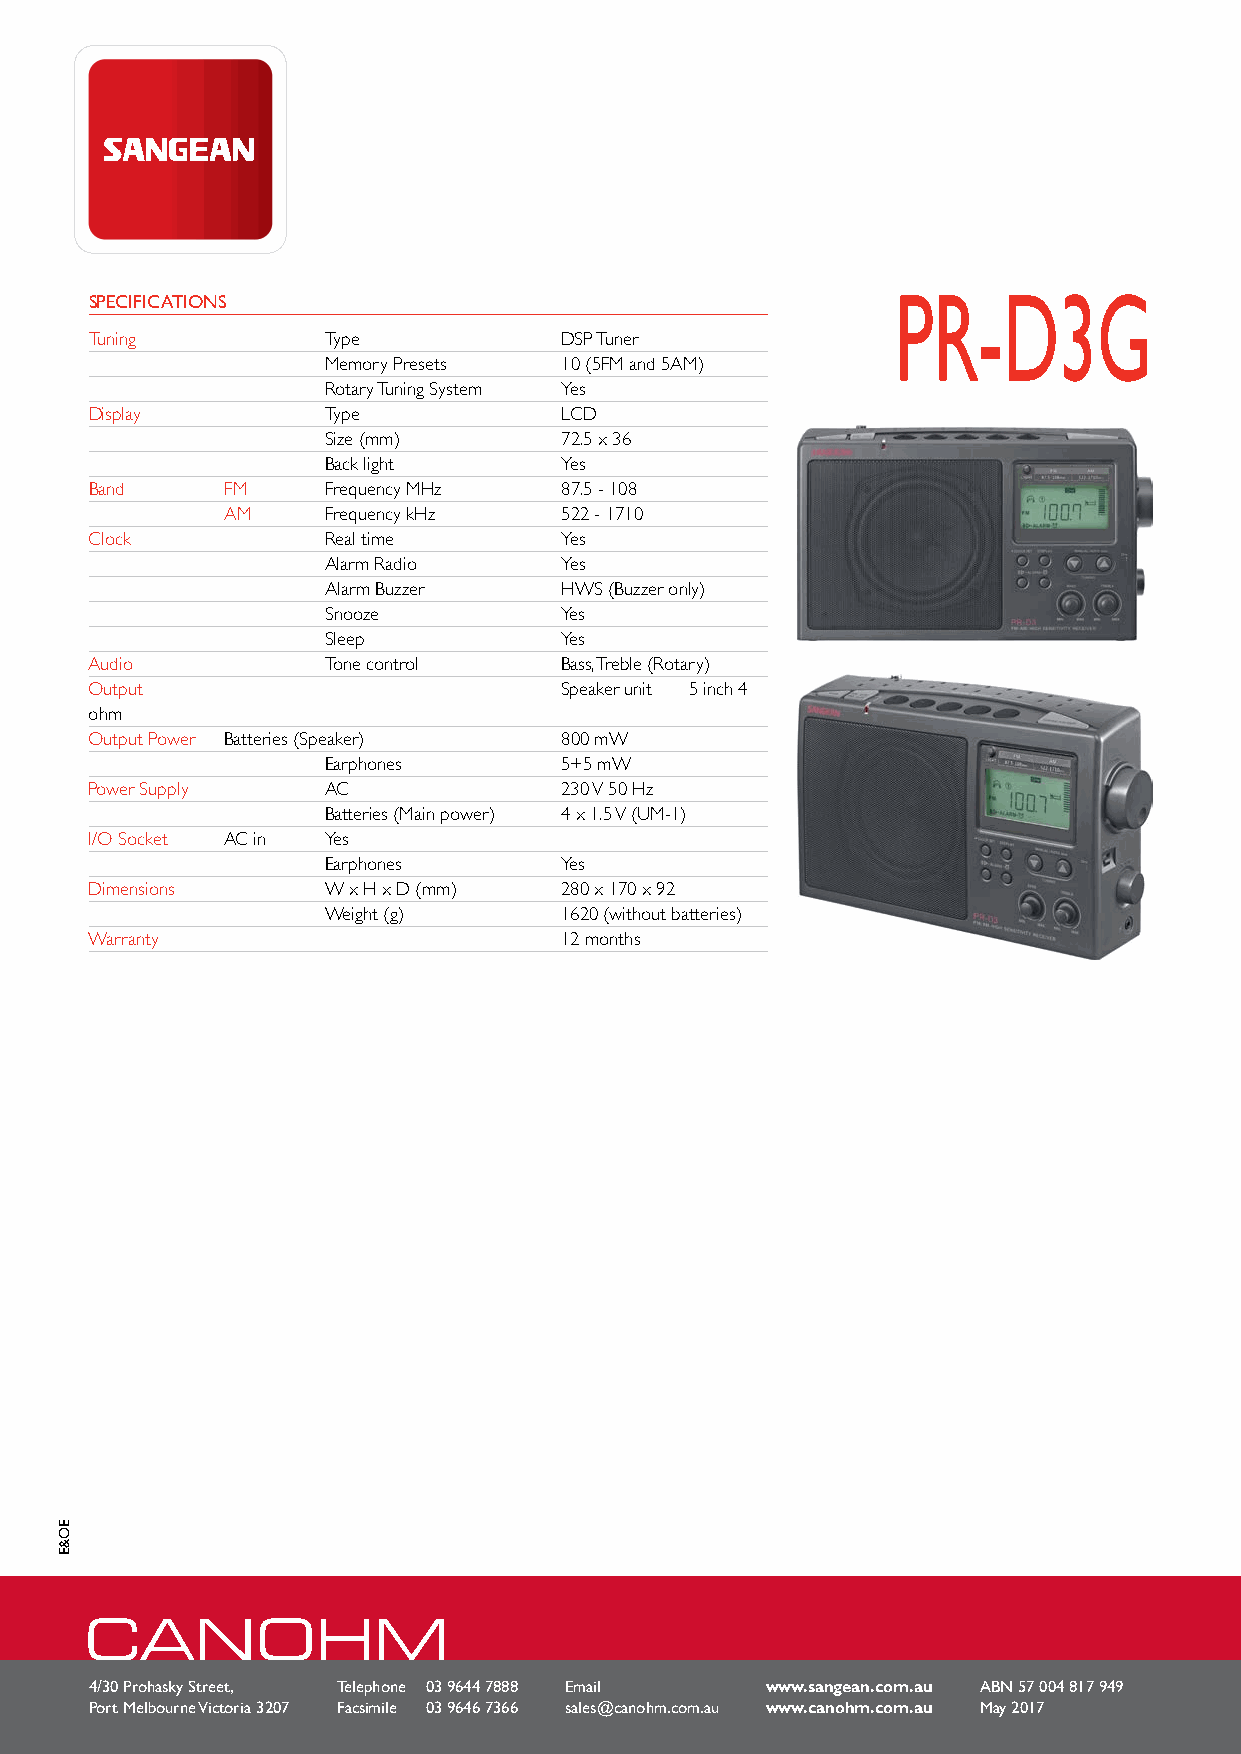
PR-D3G
 SPECIFICATIONS
 Tuning          Type           DSP Tuner
 Memory Presets 10 (5FM and 5AM)
 Rotary Tuning System Yes
 Display        Type            LCD
 Size (mm)       72.5 x 36
 Back light      Yes
 Band     FM    Frequency MHz   87.5 - 108
 AM    Frequency kHz   522 - 1710
 Clock          Real time       Yes
 Alarm Radio     Yes
 Alarm Buzzer    HWS (Buzzer only)
 Snooze          Yes
 Sleep           Yes
 Audio          Tone control    Bass, Treble (Rotary)
 Output                         Speaker unit 5 inch 4
 ohm
 Output Power Batteries (Speaker) 800 mW
 Earphones       5+5 mW
 Power Supply   AC              230 V 50 Hz
 Batteries (Main power) 4 x 1.5 V (UM-1)
 I/O Socket AC in Yes
 Earphones       Yes
 Dimensions     W x H x D (mm)  280 x 170 x 92
 Weight (g)      1620 (without batteries)
 Warranty                       12 months
 4/30 Prohasky Street, Telephone 03 9644 7888 Email www.sangean.com.au ABN 57 004 817 949
 Port Melbourne Victoria 3207 Facsimile 03 9646 7366 sales@canohm.com.au www.canohm.com.au May 2017
 EEOO&&EE